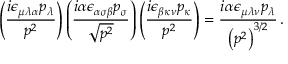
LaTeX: \left( \frac { i \epsilon _ { \mu \lambda \alpha } p _ { \lambda } } { p ^ { 2 } } \right) \left( \frac { i \alpha \epsilon _ { \alpha \sigma \beta } p _ { \sigma } } { \sqrt { p ^ { 2 } } } \right) \left( \frac { i \epsilon _ { \beta \kappa \nu } p _ { \kappa } } { p ^ { 2 } } \right) = \frac { i \alpha \epsilon _ { \mu \lambda \nu } p _ { \lambda } } { \left( p ^ { 2 } \right) ^ { 3 / 2 } } \, .